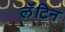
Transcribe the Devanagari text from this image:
लॅॅॅटिन